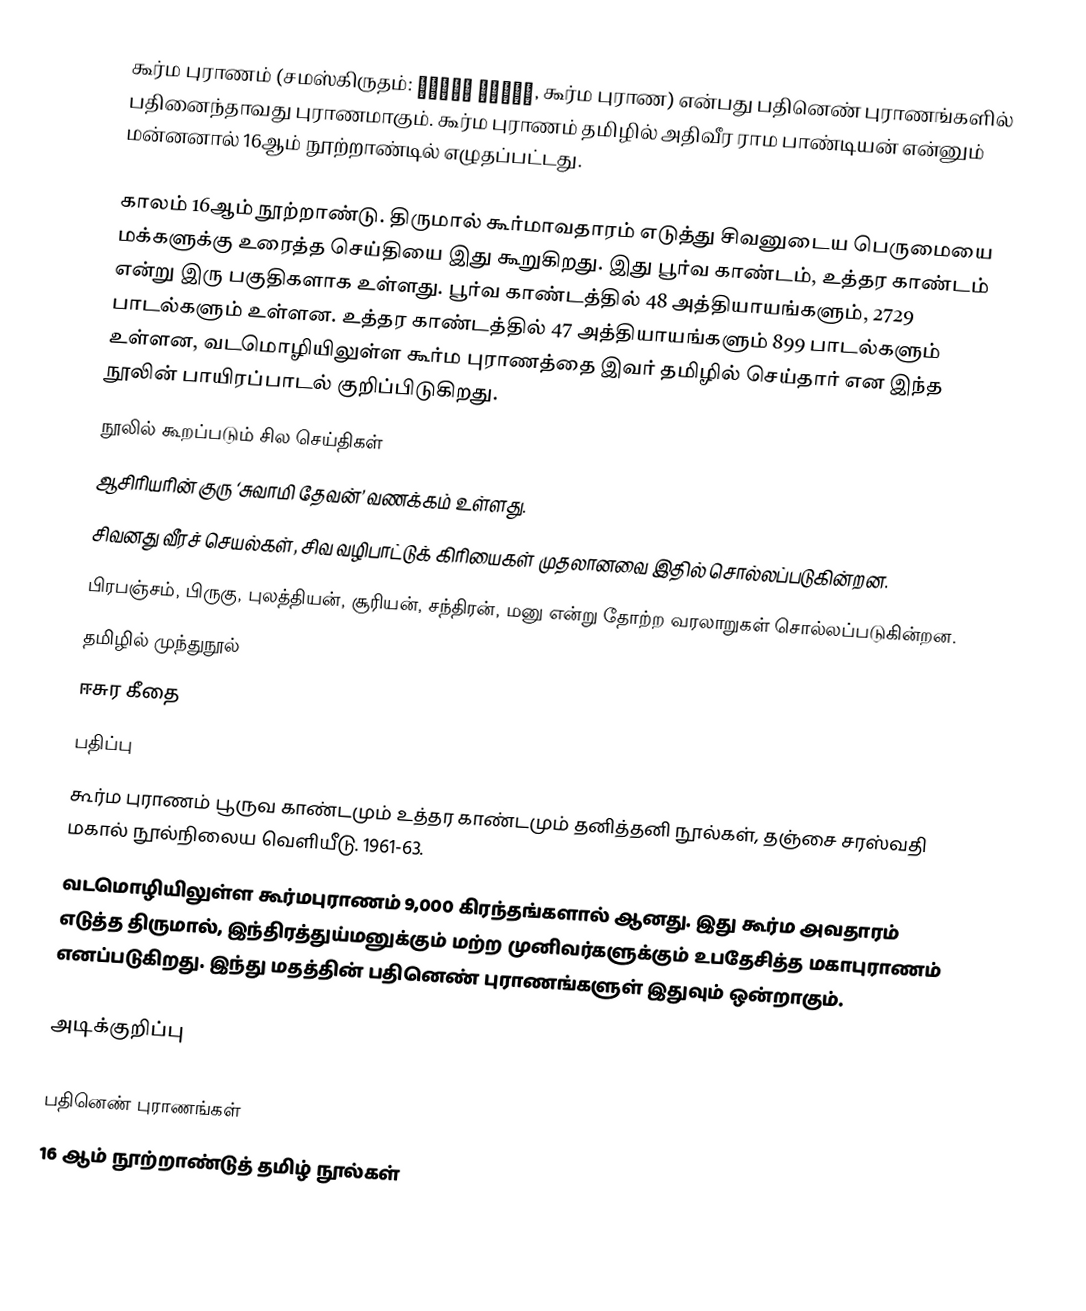
கூர்ம புராணம் (சமஸ்கிருதம்: कूर्म पुराण, கூர்ம புராண) என்பது பதினெண் புராணங்களில் பதினைந்தாவது புராணமாகும். கூர்ம புராணம் தமிழில் அதிவீர ராம பாண்டியன் என்னும் மன்னனால் 16ஆம் நூற்றாண்டில் எழுதப்பட்டது.

காலம் 16ஆம் நூற்றாண்டு. திருமால் கூர்மாவதாரம் எடுத்து சிவனுடைய பெருமையை மக்களுக்கு உரைத்த செய்தியை இது கூறுகிறது. இது பூர்வ காண்டம், உத்தர காண்டம் என்று இரு பகுதிகளாக உள்ளது. பூர்வ காண்டத்தில் 48 அத்தியாயங்களும், 2729 பாடல்களும் உள்ளன. உத்தர காண்டத்தில் 47 அத்தியாயங்களும் 899 பாடல்களும் உள்ளன, வடமொழியிலுள்ள கூர்ம புராணத்தை இவர் தமிழில் செய்தார் என இந்த நூலின் பாயிரப்பாடல் குறிப்பிடுகிறது.
நூலில் கூறப்படும் சில செய்திகள்
ஆசிரியரின் குரு ‘சுவாமி தேவன்’ வணக்கம் உள்ளது.
சிவனது வீரச் செயல்கள், சிவ வழிபாட்டுக் கிரியைகள் முதலானவை இதில் சொல்லப்படுகின்றன.
பிரபஞ்சம், பிருகு, புலத்தியன், சூரியன், சந்திரன், மனு என்று தோற்ற வரலாறுகள் சொல்லப்படுகின்றன.
தமிழில் முந்துநூல்
 ஈசுர கீதை
பதிப்பு
 கூர்ம புராணம் பூருவ காண்டமும் உத்தர காண்டமும் தனித்தனி நூல்கள், தஞ்சை சரஸ்வதி மகால் நூல்நிலைய வெளியீடு. 1961-63.
வடமொழியிலுள்ள கூர்மபுராணம் 9,000 கிரந்தங்களால் ஆனது. இது கூர்ம அவதாரம் எடுத்த திருமால், இந்திரத்துய்மனுக்கும் மற்ற முனிவர்களுக்கும் உபதேசித்த மகாபுராணம் எனப்படுகிறது. இந்து மதத்தின் பதினெண் புராணங்களுள் இதுவும் ஒன்றாகும்.

அடிக்குறிப்பு

பதினெண் புராணங்கள்
16 ஆம் நூற்றாண்டுத் தமிழ் நூல்கள்